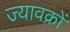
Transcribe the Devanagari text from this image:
ज्यावक्रों